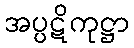
အပ္ပဋိကုဋ္ဌာ